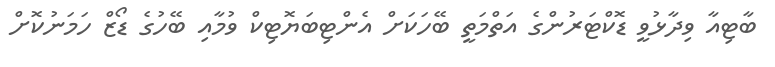
ބާޓިއާ ވިދާޅުވީ ޑޮކްޓަރުންގެ އަތްމަތީ ބޭހަކަށް އެންޓިބަޔޮޓިކް ވުމާއި ބޭހުގެ ޑޯޒް ހަމަނުކޮށް